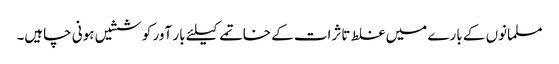
مسلمانوں کے بارے میں غلط تاثرات کے خاتمے کیلئے بار آور کوششیں ہونی چاہیں۔